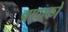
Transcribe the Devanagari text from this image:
झापाको